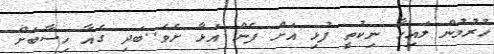
ހުރުމުން ލައިހާ ނިކުތީ ފުޅި އަށް ފެން އަޅާ ށެވެ..ބަދި ގެއާ ހިސާބަށް